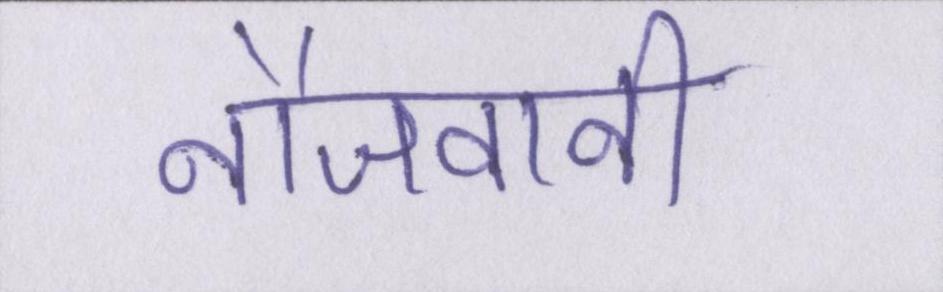
नौजवानी